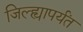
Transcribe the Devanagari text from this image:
जिल्ह्यापर्यंत